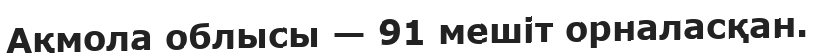
Ақмола облысы — 91 мешіт орналасқан.